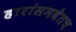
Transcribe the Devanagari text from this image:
हारांसमवेतच